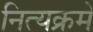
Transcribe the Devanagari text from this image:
नित्यक्रमे